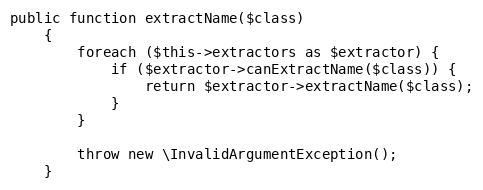
Language: PHP
public function extractName($class)
    {
        foreach ($this->extractors as $extractor) {
            if ($extractor->canExtractName($class)) {
                return $extractor->extractName($class);
            }
        }

        throw new \InvalidArgumentException();
    }